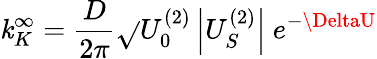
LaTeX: \mathit{k}_{K}^{\infty}=\frac{{D}}{{2\pi}}\sqrt{}{{U_{0}^{(2)}\left|U_{S}^{(2)}\right|}}\ e^{-\DeltaU}